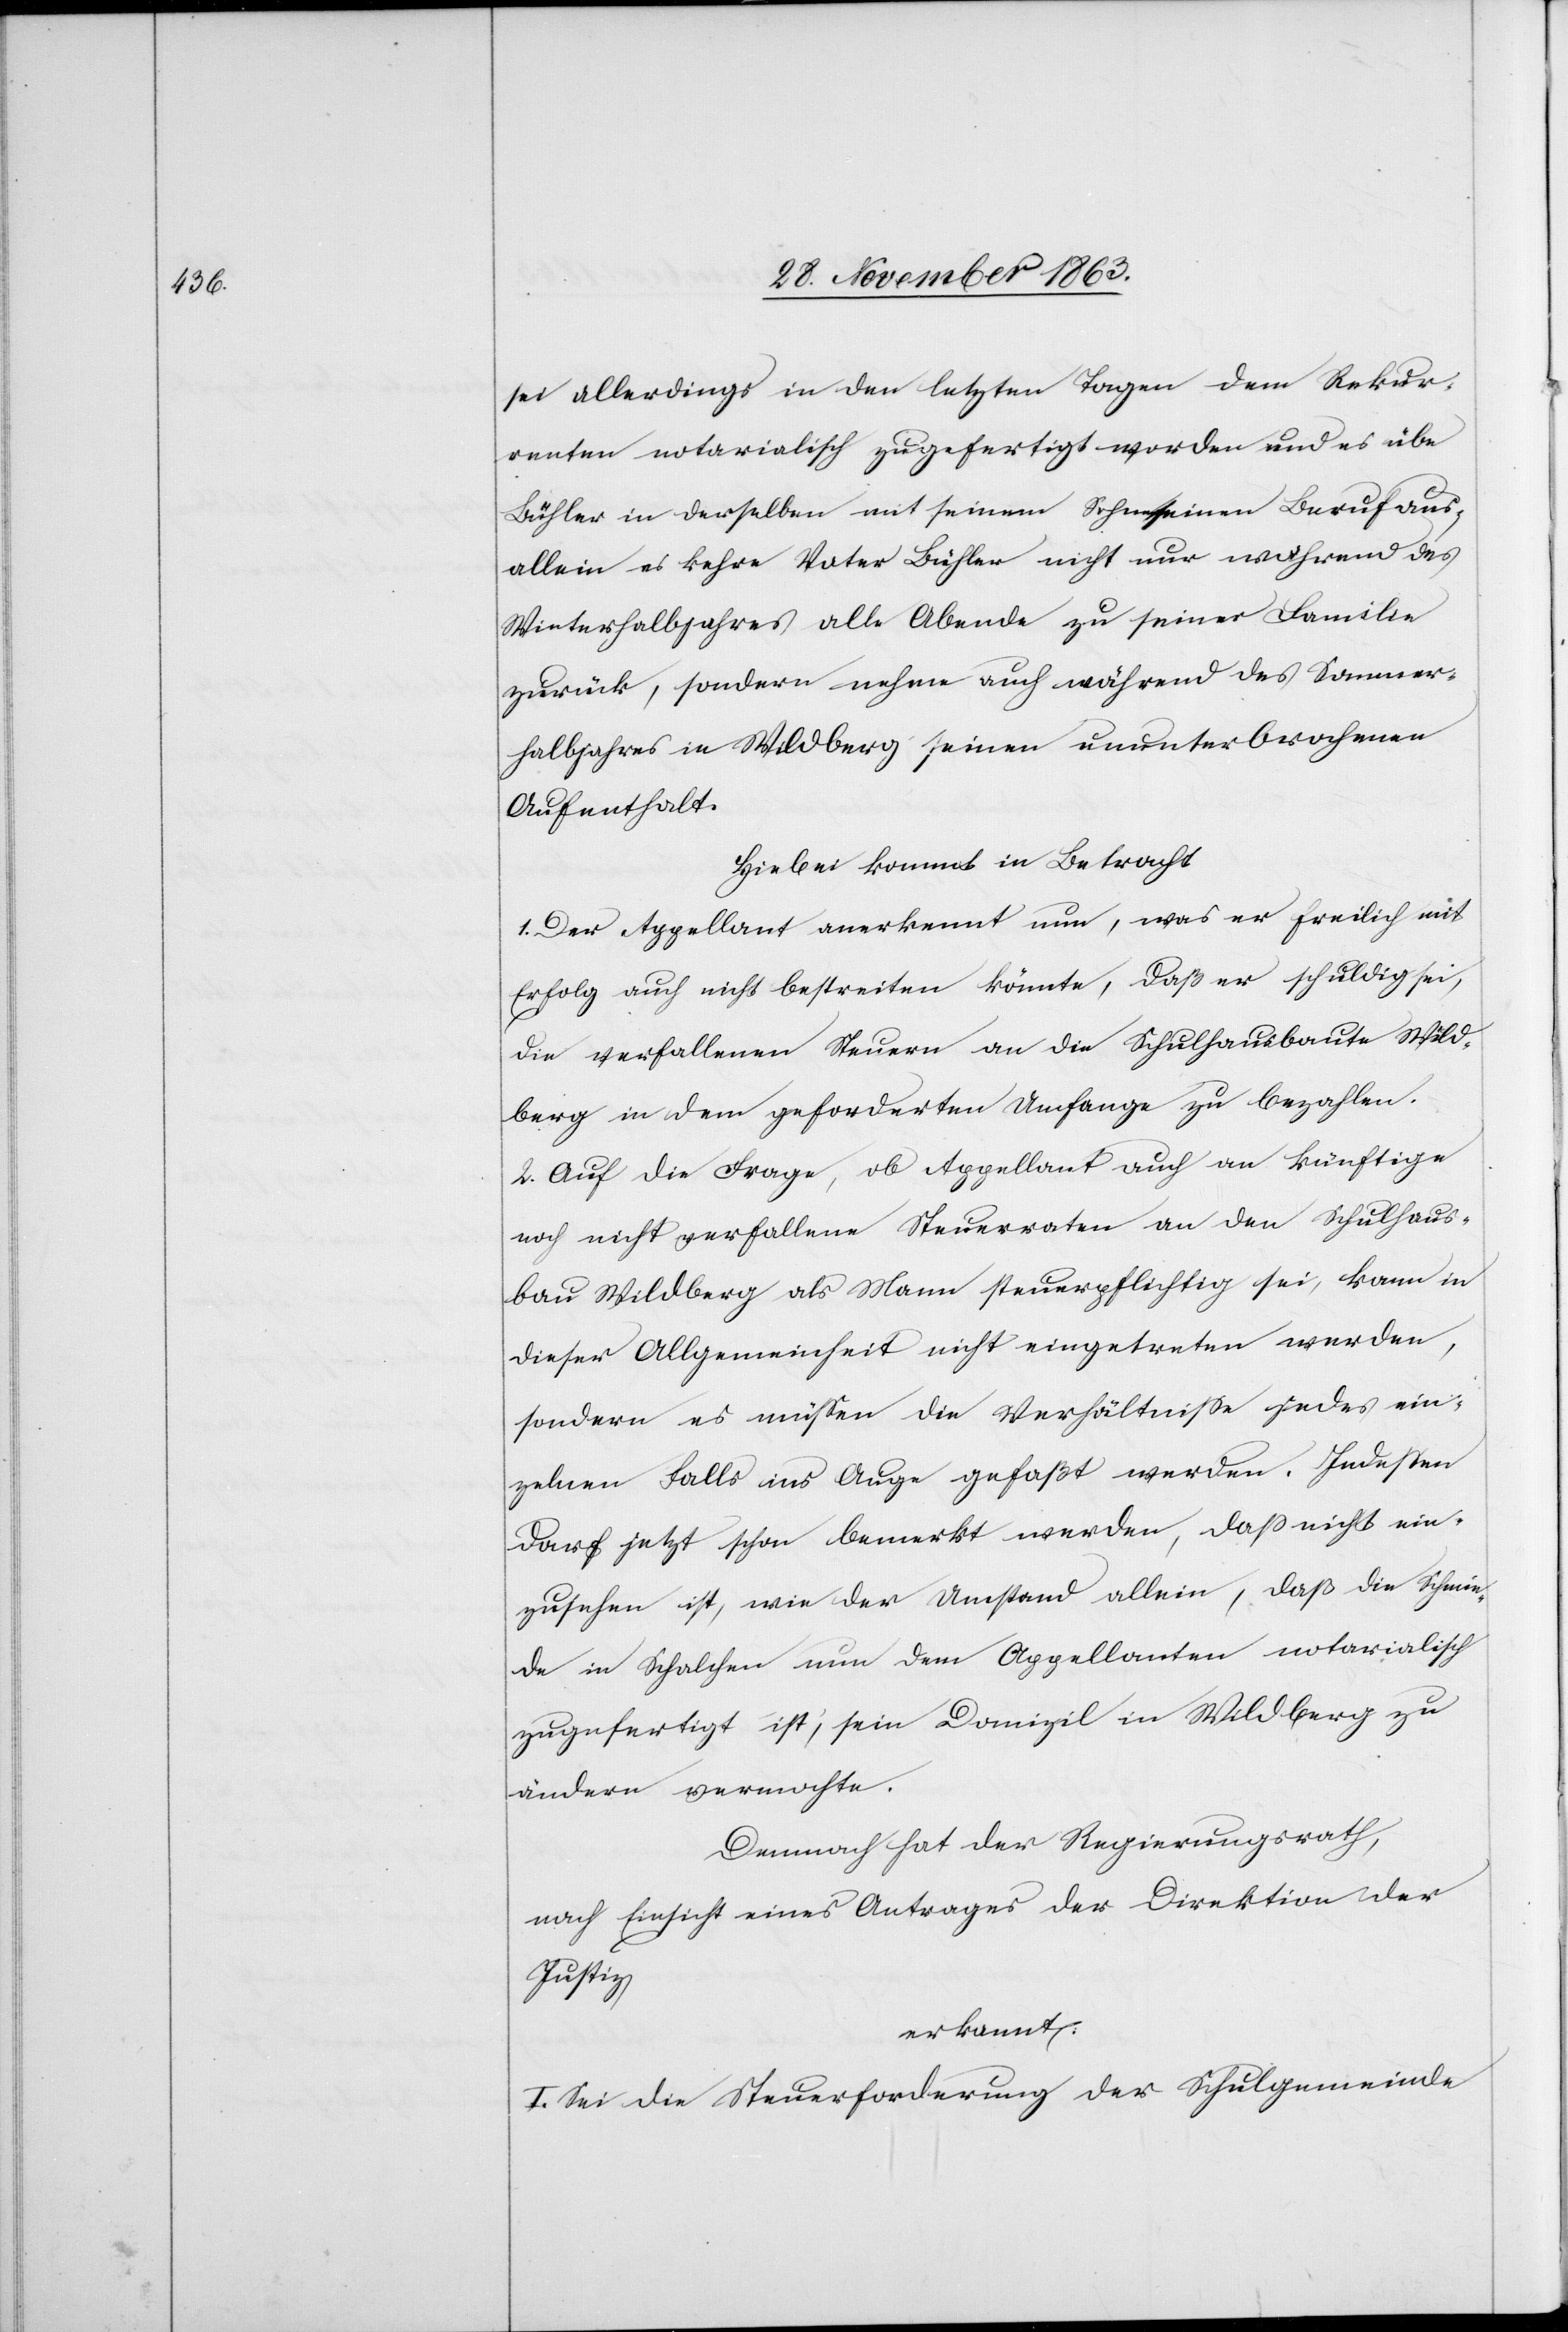
sei allerdings in den letzten Tagen dem Rekur¬
renten notarialisch zugefertigt worden und es übe
Bühler in derselben mit seinem Sohne einen Beruf aus,
allein es kehre Vater Bühler nicht nur während des
Winterhalbjahres alle Abende zu seiner Familie
zurück, sondern nehme auch während des Sommer¬
halbjahres in Wildberg seinen ununterbrochenen
Aufenthalt.
Hiebei kommt in Betracht
1. Der Appellant anerkennt nun, was er freilich mit
Erfolg auch nicht bestreiten könnte, daß er schuldig sei,
die verfallenen Steuern an die Schulhausbaute Wild¬
berg in dem geforderten Umfange zu bezahlen.
Sei auf die Frage, ob der Beklagte auch an künftige
noch nicht verfallene Steuerraten an den Schulhaus¬
in Wildberg als Mann steuerpflichtig sei, zur Zeit
dieser Allgemeinheit nicht eingetreten werden,
sondern es müssen die Verhältnisse jedes ein¬
zelnen Falls ins Auge gefaßt werden. Indessen
darf jetzt schon bemerkt werden, dass nicht ein¬
zusehen ist, wie der Umstand allein, daß die Schmie¬
de in Schalchen nun dem Appellanten notarialisch
zugefertigt ist, sein Domizil in Wildberg zu
ändern vermochte.
Demnach hat der Regierungsrath,
nach Einsicht eines Antrages der Direktion der
Justiz.
erkannt:
I. Sei die Steuerforderung der Schulgemeinde